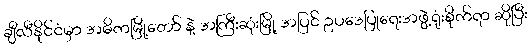
ချီလီနိုင်ငံမှာ အဓိကမြို့တော် နဲ့ အကြီးဆုံးမြို့ အပြင် ဥပဒေပြုရေးအဖွဲ့ရုံးစိုက်ရာ ဆိုပြီး